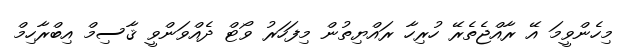
މިހެންވީމަ އޭ ރާއްޖެތެރޭ ހުރިހާ ރައްޔިތުން މިފަހަރު ވޯޓް ދެއްވަންވީ ޤާސިމް އިބްރާހިމް